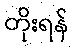
တိုးရန်